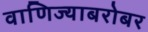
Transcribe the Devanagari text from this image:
वाणिज्याबरोबर